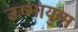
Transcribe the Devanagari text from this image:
ऊष्मायुग्म